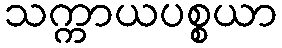
သက္ကာယပစ္စယာ